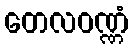
တေလဝဏ္ဏံ